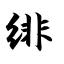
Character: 绯